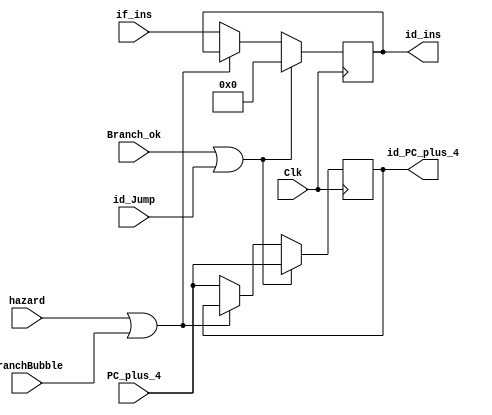
module if_id(Clk,id_Jump,Branch_ok,hazard,if_ins,id_ins,PC_plus_4,id_PC_plus_4,BranchBubble);
    input       Clk;
    input       id_Jump;
    input[31:0] if_ins;
    input       hazard;
    input       Branch_ok;
    input[31:2] PC_plus_4;
    input       BranchBubble;

    output reg [31:0] id_ins;
    output reg [31:2] id_PC_plus_4;
    
    initial begin
      id_ins       = 32'd0;
      id_PC_plus_4 = 30'd0;
    end
    always @(posedge Clk)
    begin
      if (Branch_ok || id_Jump) begin
          id_ins       <= 32'd0;
          id_PC_plus_4 <= PC_plus_4;
      end else if (hazard || BranchBubble) begin
           
      end
      else begin
          id_ins       <= if_ins;
          id_PC_plus_4 <= PC_plus_4;
      end
    end

endmodule